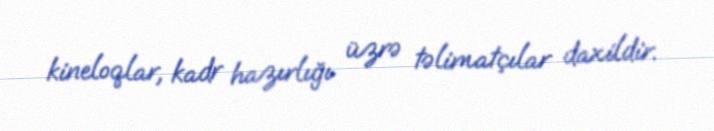
kineloqlar, kadr hazırlığı üzrə təlimatçılar daxildir.